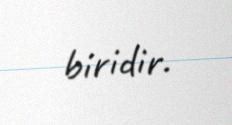
biridir.